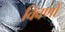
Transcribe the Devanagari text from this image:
विवर्णों